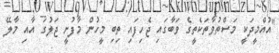
"އުއްމީދަކީ މަސްތުވާތަކެތީގެ ވަބާގައި ޖެހިފައި ތިބި މީހުން މާފުށީ ޖަލުގަ އާއި މާލޭ